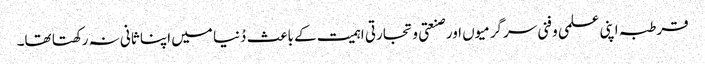
قرطبہ اپنی علمی و فنی سرگرمیوں اور صنعتی و تجارتی اہمیت کے باعث دُنیا میں اپنا ثانی نہ رکھتا تھا۔